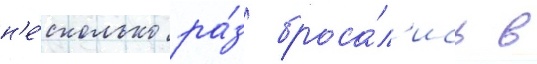
н'е́сколько ра́з броса́л'ись в